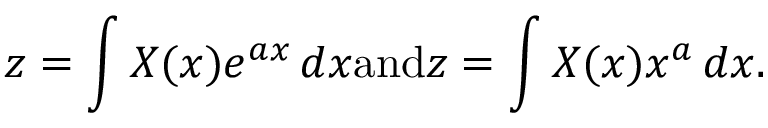
z = \int X ( x ) e ^ { a x } \, d x { \mathrm { a n d } } z = \int X ( x ) x ^ { a } \, d x .